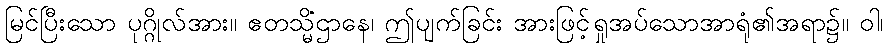
မြင်ပြီးသော ပုဂ္ဂိုလ်အား။ ဧတသ္မိံဌာနေ၊ ဤပျက်ခြင်း အားဖြင့်ရှုအပ်သောအာရုံ၏အရာ၌။ ဝါ၊